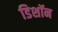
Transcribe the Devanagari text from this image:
डिशॉन